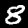
Digit: 8